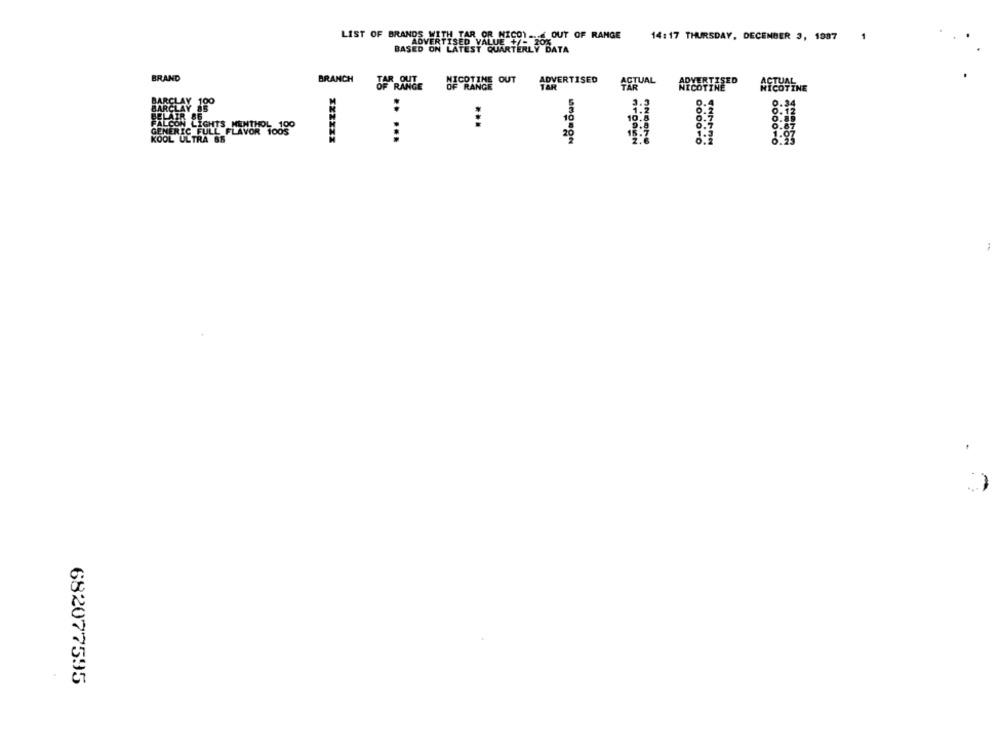
LIST OF BRANDS WITH TAR OR N
INDS WITH TAR OR NICO) .... OUT OF RANGE
14:17 THURSDAY, DECEMBER 3, 1987
1
ASED ON LATEST QUARTERLY DATA
BRAND
BRANCH
IR OUT
MICOTIME OUT
ADVERTISED
ACTUAL
ADVERTISED
ACTUAL
OF RANGE
TAR
NICOTINE
NICOTINE
:
FALCON LIGHTS MENTHOL 100
GENERIC FULL FLAVOR 100S
KOOL ULTRA 85
682077595